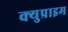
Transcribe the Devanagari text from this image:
क्युप्राइम